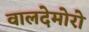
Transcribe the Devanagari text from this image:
वालदेमोरो